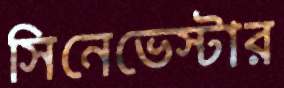
সিনেভেস্টার